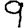
Digit: 9